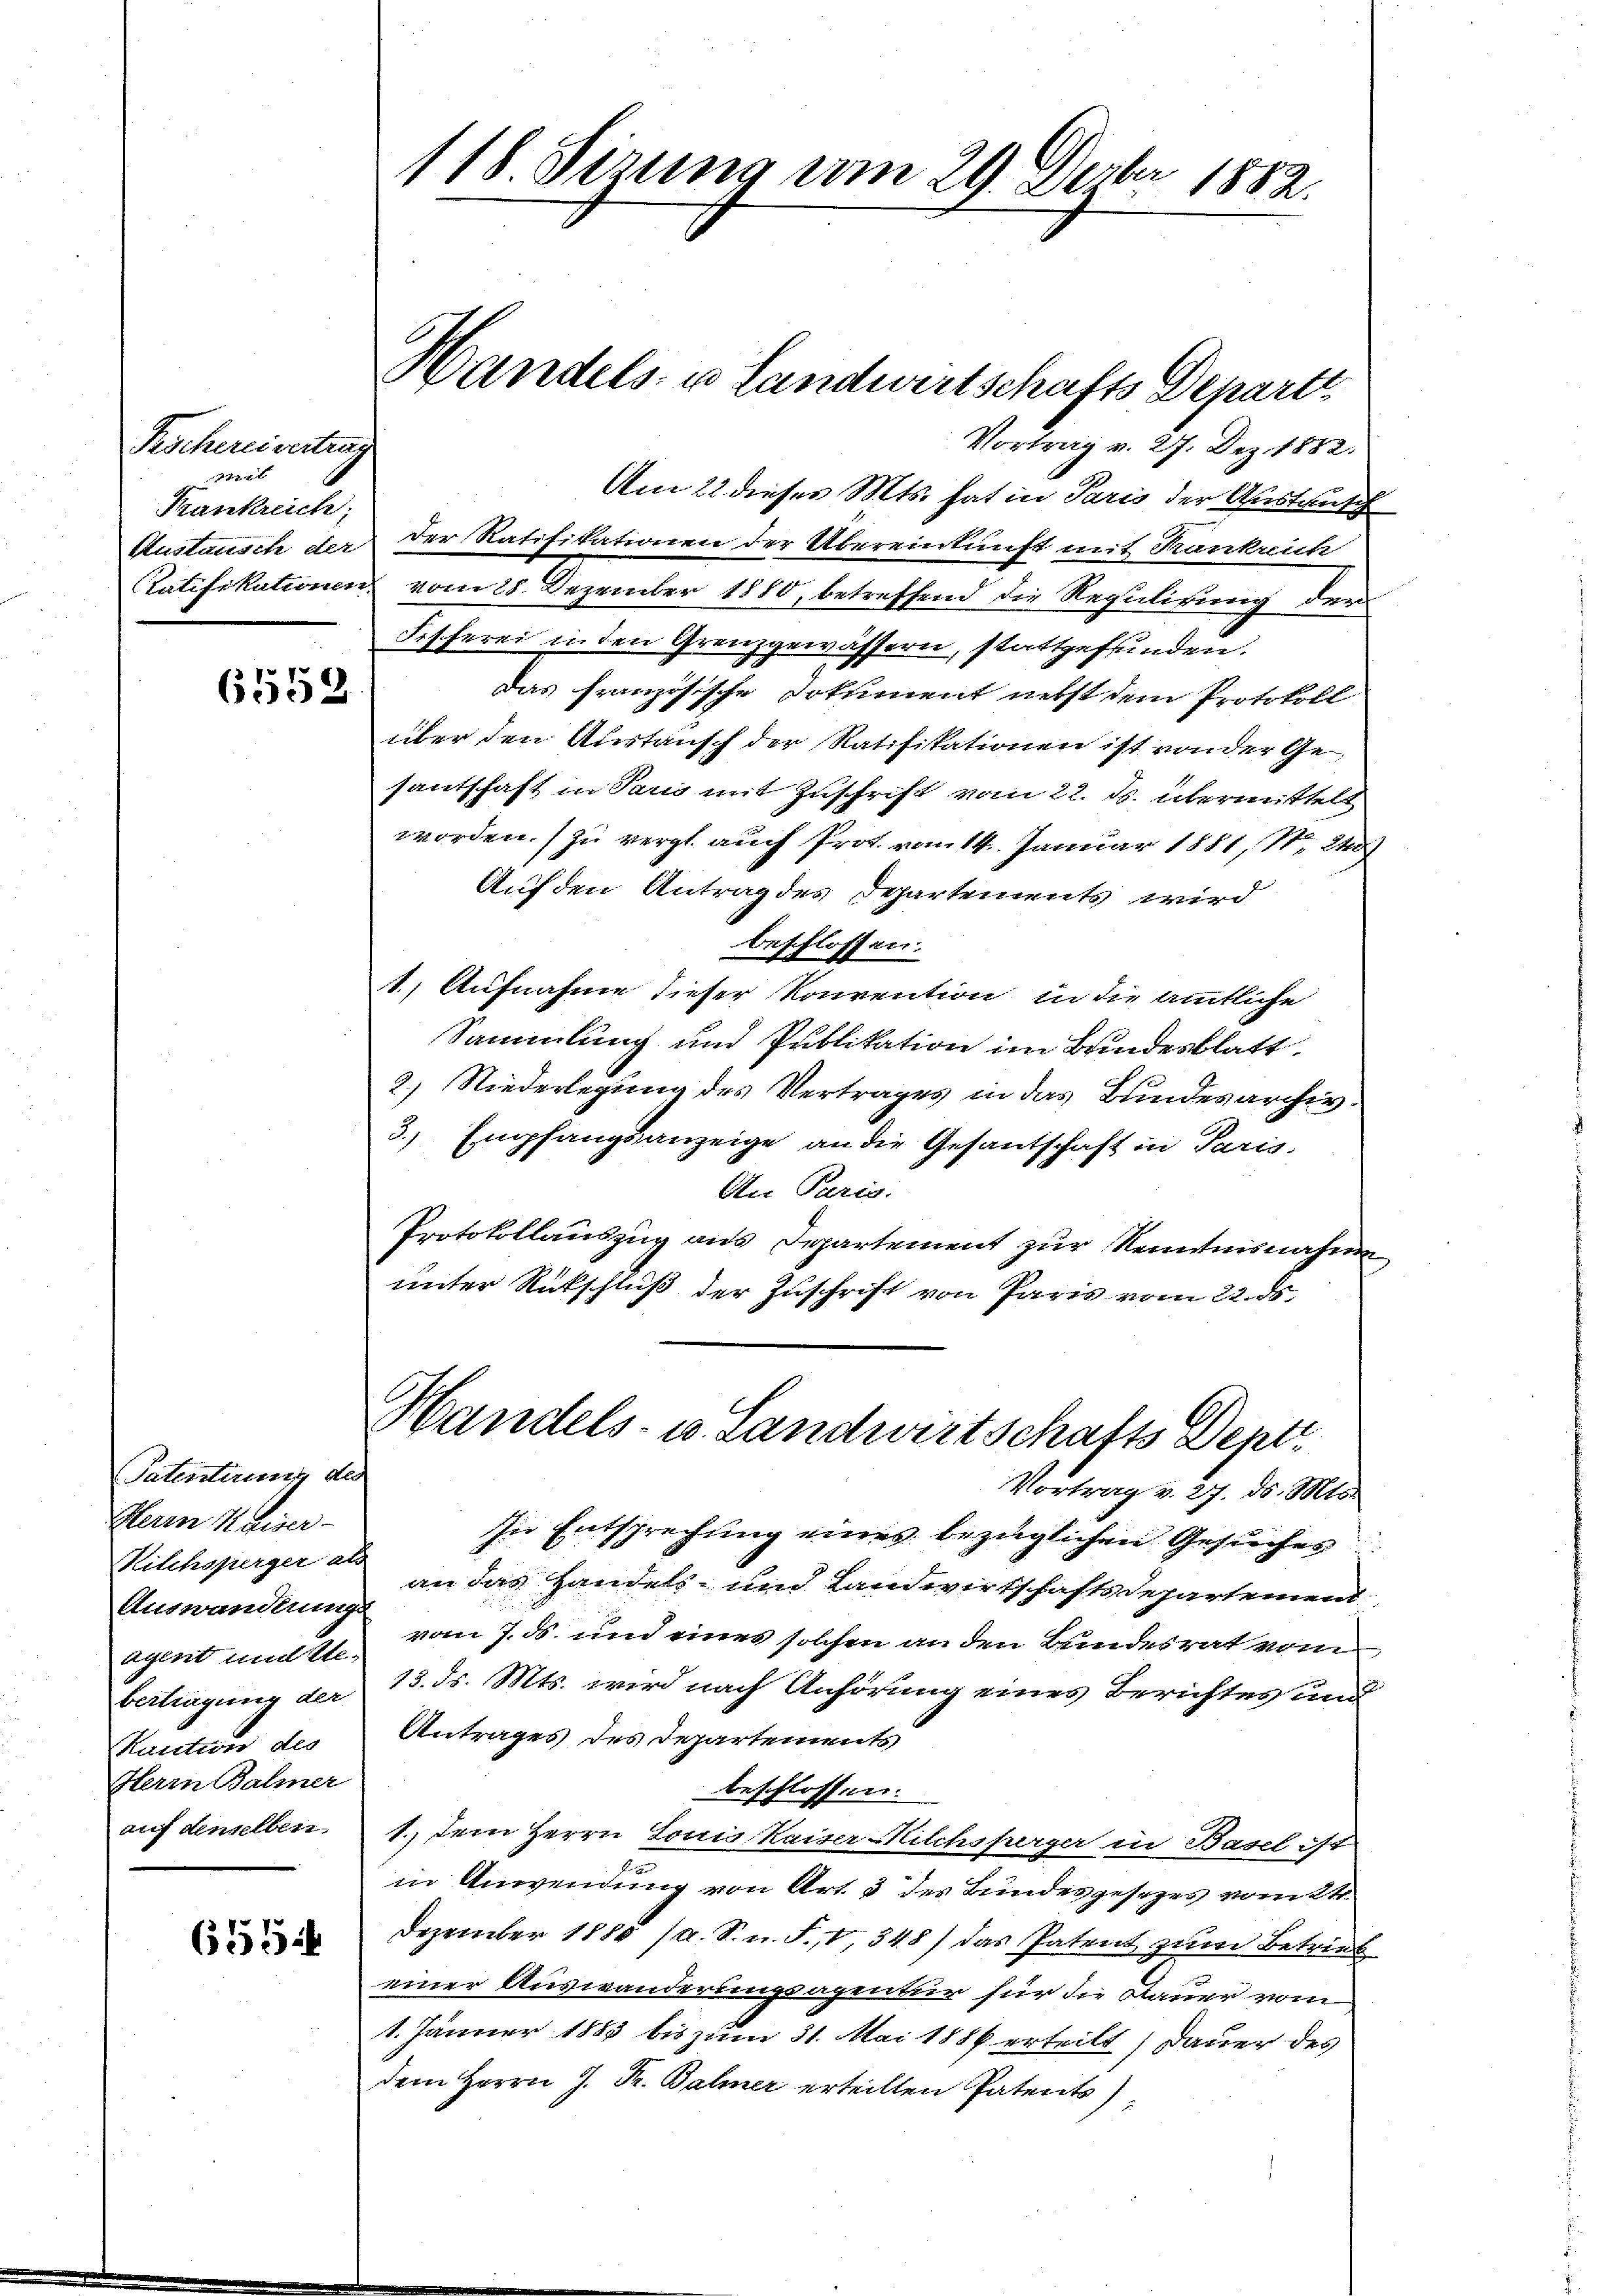
Kocherei vertrag
met
Krankreich;
Anstausch der
Ratifikationen.

6552

Patentirung des
Herrn Kaiser-
Ritchspierger als
Auswanderungs
agint mitte.
bertragung der
Kuntur als
Hterm Balmer
auf denselben

655

118. Sirung vom 29. Decbr. 1882.

Vortrag v. 27. Dez. 1882.
Am 22. dieses Mts. hat in Paris der Anstant
Der Ratifikationen der Übereinkunft mit Kankreich
vom 28. Dezember 1880, betreffend die Regulirung der
Fischerei in den Grenzgewässern, stattgefunden.
das französische Dokument nebst dem Protokoll
über den Austansch der Ratifikationen ist von der Ge-
santschaft in Sand mit Zuschrift vom 22. ds. übermittelt
worden. Zu vergl. auch Prot. vom 14. Januar 1881, S. 2
Auf den Antrag des Departements wird
beschlossen:
1.) Aufnahme dieser Konvention in die amtliche
Sammlung und Publikation im Bundesblatt.
2.) Niederlegung des Vertrages in das Bundesarchiv
3.) Empfangsanzeige an die Gesantschaft in Paris.
An Paris.
Protokollandzug aus Departement zur Kenntnisnahm
unter Rückschluß der Zuschrift von Paris vom 22. ds.
Handels- u. Landwirtschafts Dept.
Vortrag v. 27. ds. Mts.
In Entsprechung eines bezüglichen Gesuches
an das Handels- und Landwirtschaftsdepartemend
vom 7. ds. und eines solchen an den Bundesrat vom
13. ds. Mts. wird nach Anhörung eines Berichtes und
Antrages des Departements
beschlossen.
1.) Dem Herrn Louis Kaiser Milchsperger in Basel s
in Anwendung von Art. 3 des Bundesgesezes vom 2ten
Dezember 1885 (a. S. n. F. I, 348) das Patent zum Betrieb
einer Auswanderungsapentur für die Dauer vom
1. Jänner 1885 bis zum 31. Mai 1886 erteilt dauer des
dem Herrn J. Dr. Balmer erteilten Patents

Handels- u Landwirtschafts Depart